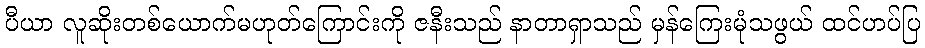
ပီယာ လူဆိုးတစ်ယောက်မဟုတ်ကြောင်းကို ဇနီးသည် နာတာရှာသည် မှန်ကြေးမုံသဖွယ် ထင်ဟပ်ပြ